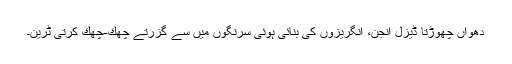
دھواں چھوڑتا ڈیزل انجن، انگریزوں کی بنائی ہوئی سرنگوں میں سے گزرتے چھك-چھك کرتی ٹرین۔